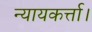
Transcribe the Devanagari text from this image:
न्यायकर्त्ता।